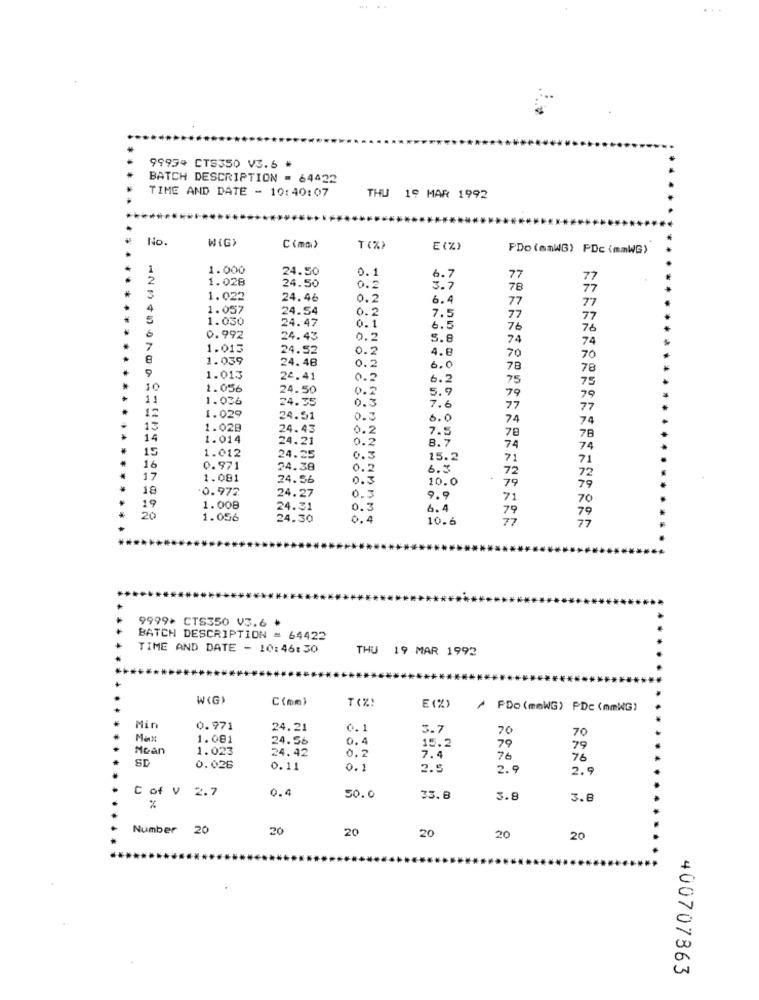
...
99934 CTS350 V3.6 *
BATCH DESCRIPTION = 64422
TIME AND DATE - 10:40:07
THU 19 MAR 1992
No.
WIG>
C(mm)
T (%)
E(%)
PDo (mmWG) PDc (mmWG)
1.000
24.50
0.1
2
1.028
6.7
77
77
24.50
0.2
3.7
78
77
1.022
24.46
0.2
6.4
77
4
1.057
24.54
0.2
7.5
77
5
1.030
77
77
24.47
0.1
6.5
76
76
6
0.992
24.43
0.2
5.8
74
74
7
1.015
24.52
0.2
4.6
70
8
1.039
0.2
70
9
24.48
6.0
78
78
1.013
24.41
0.2
6.2
75
75
10
1.056
24.50
0.2
5.9
11
1.036
24.35
0.5
7.6
79
79
77
77
12
1.029
24.51
0.3
6.0
74
74
13
1.02B
24.43
0.2
7.5
78
14
1.014
24.21
0.2
8.7
78
15
1.012
74
74
24.25
0.3
15.2
71
71
16
0.971
24.38
0.2
6.3
72
72
17
1.081
24.56
0.3
10.0
79
79
18
0.972
0.3
24.27
9.5
71
70
19
1.008
24.31
6.4
79
1.056
24.30
0.4
10.6
77
79
77
9999> CTS350 V3.6 .
BATCH DESCRIPTION = 64422
TIME AND DATE - 10:46:30
THU 19 MAR 1992
W (G)
C(mm)
T(%!
E(%)
/ PDo(mmWG) PDc (mmWG)
Mir
0.971
24.21
0.1
5.7
70
70
Marit
1.081
24.56
0.4
Mean
1.023
15.2
79
79
24.42
0.2
7.4
76
76
SD
0.026
0.11
0.1
2.5
2.9
2.9
C of V 2
0.4
50.0
33.8
3.8
3.8
%
Number
20
20
20
20
20
20
400707863